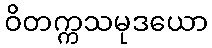
ဝိတက္ကသမုဒယော